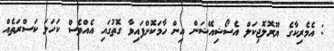
: އެމެރިކާގެ ޔޫރޮލޮޖިކަލް އެސޯޝިއޭޝަން އިން ހާމަކޮށްފައިވާ ގޮތުގައި އެއްވެސް ކަހަލަ ކަސްރަތެއް